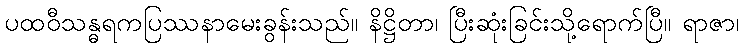
ပထဝီသန္ဓရကပြဿနာမေးခွန်းသည်။ နိဋ္ဌိတာ၊ ပြီးဆုံးခြင်းသို့ရောက်ပြီ။ ရာဇာ၊